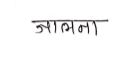
मजकूर: जालना